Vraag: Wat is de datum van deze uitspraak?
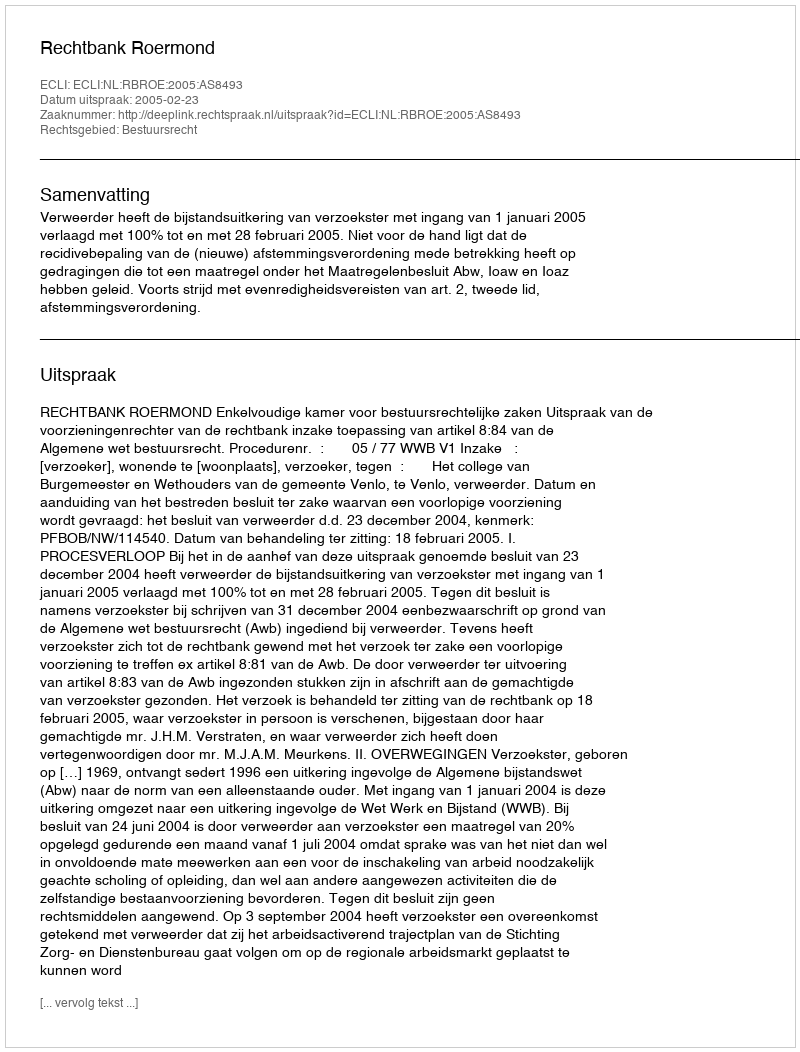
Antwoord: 2005-02-23